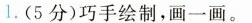
1.(5分)巧手绘制，画一画。